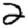
Digit: 2